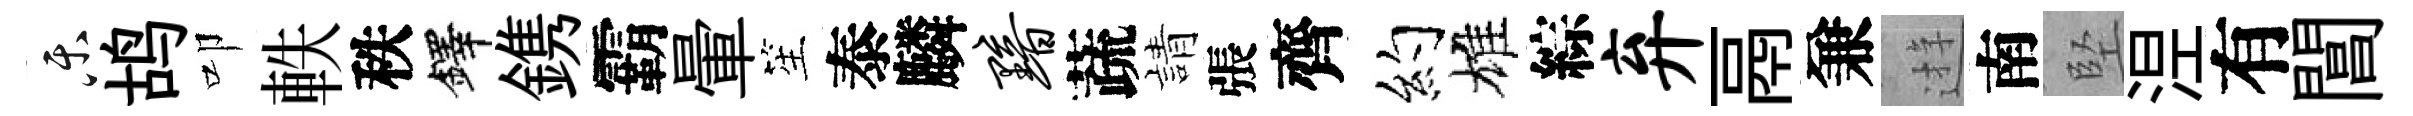
乐鸪叩軼秩鐸鎸霸暈笙泰麟黯蔬請張齊约雄綜弃鬲兼逰南堅𣵀有閶